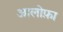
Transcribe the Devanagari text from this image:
आलोफ़ा